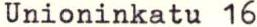
Unioninkatu 16